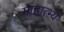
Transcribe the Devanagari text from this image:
माहात्भ्य